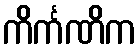
ကိင်္ကဏိက